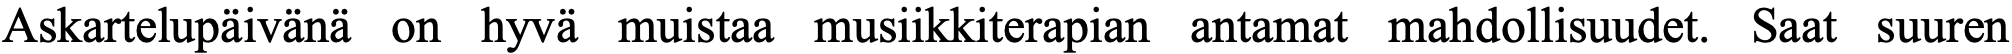
Askartelupäivänä on hyvä muistaa musiikkiterapian antamat mahdollisuudet. Saat suuren